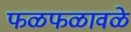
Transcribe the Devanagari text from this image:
फळफळावळे